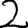
Digit: 2